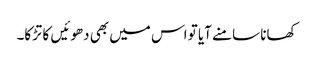
کھانا سامنے آیا تو اس میں بھی دھوئیں کا تڑکا۔